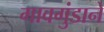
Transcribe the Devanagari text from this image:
गावगुंडाने